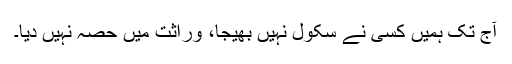
آج تک ہمیں کسی نے سکول نہیں بھیجا، وراثت میں حصہ نہیں دیا۔